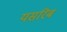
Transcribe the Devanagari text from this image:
यसरिब